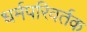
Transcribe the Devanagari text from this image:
धर्मपरिवर्तक